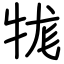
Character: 牻